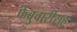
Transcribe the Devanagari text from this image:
फेब्रुवारीसह